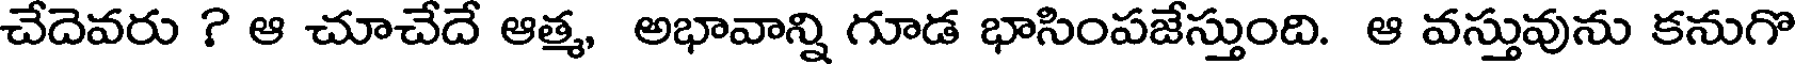
చేదెవరు ? ఆ చూచేదే ఆత్మ, అభావాన్ని గూడ భాసింపజేస్తుంది. ఆ వస్తువును కనుగొ